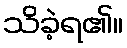
သိခဲ့ရ၏။